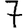
Digit: 7